Lunatic asylums Punjab 1895-1910 - 1895-1910
Year: 1895
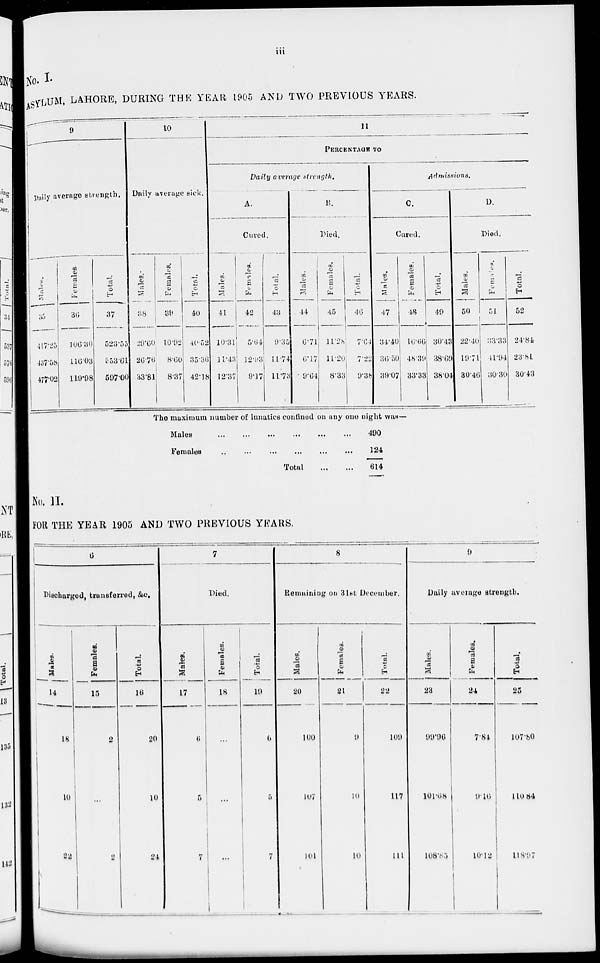
iii
No. I.
ASYLUM , LAHORE, DURING THE YEAR 1905 AND TWO PREVIOUS YEARS.
9
Daily average strength.
Males.
35
417.25
437.58
477.02
Females.
36
106.30
116.03
119.98
Total.
37
523.55
553.61
597.00
10
Daily average sick.
Males.
38
29.60
26.76
33.81
Females.
39
10.92
8.60
8.37
Total.
40
40.52
35.36
42.18
11
PERCENTAGE TO
Daily average strength.
A.
Cured.
Males.
41
10.31
11.43
12.37
Females.
42
5.64
12.93
9.17
Total.
43
9.35
11.74
11.73
B.
Died.
Males.
44
6.71
6.17
9.64
Females.
45
11.28
11.20
8.33
Total.
46
7.64
7.22
9.38
Admissions.
C.
Cured.
Males.
47
34.40
36.50
39.07
Females.
48
16.66
48.39
33.33
Total.
49
30.43
38.69
38.04
D.
Died.
Males.
50
22.40
19.71
30.46
Females.
51
33.33
41.94
30.30
Total.
52
24.84
23.81
30.43
The maximum number of lunatics confined on any one night was—
Males ... ... ... ... ... ...
Females
...
...
...
...
...
...
Total
...
...
490
124
614
No. II.
FOR THE YEAR 1905 AND TWO PREVIOUS YEARS.
6
Discharged, transferred, &c.
Males.
14
18
10
22
Females.
15
2
...
2
Total.
16
20
10
24
7
Died.
Males.
17
6
5
7
Females.
18
...
...
...
Total.
19
6
5
7
8
Remaining on 31st December.
Males.
20
100
107
101
Females.
21
9
10
10
Total.
22
109
117
111
9
Daily average strength.
Males.
23
99.96
101.68
108.85
Females.
24
7.84
9.16
10.12
Total.
25
107.80
110.84
118.97